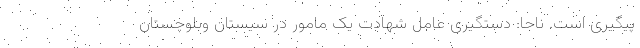
پیگیری است. ناجا: دستگیری عامل شهادت یک مامور در سیستان وبلوچستان